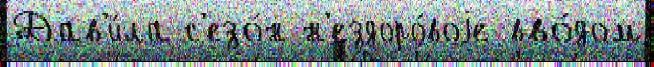
Дав'и́ла с'езо́н н'ездоро́воjе вво́дом